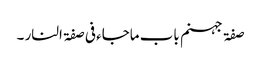
صفۃ جہنم باب ماجاء فی صفۃ النار ۔